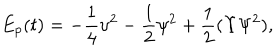
LaTeX: E _ { p } ( t ) = - \frac { 1 } { 4 } \upsilon ^ { 2 } - \frac 1 2 \psi ^ { 2 } + \frac { 1 } { 2 } ( \Upsilon \Psi ^ { 2 } ) ,